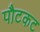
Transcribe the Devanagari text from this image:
पौटकट